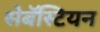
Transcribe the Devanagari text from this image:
सेबॅस्टियन